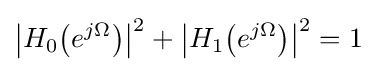
{\big |}H_{0}{\big (}e^{j\Omega }{\big )}{\big |}^{2}+{\big |}H_{1}{\big (}e^{j\Omega }{\big )}{\big |}^{2}=1